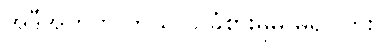
အဲဒီအတွက် ဘယ်လို ခံစားမှုမှ မရှိပါဘူး။